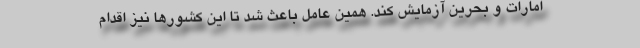
امارات و بحرین آزمایش کند. همین عامل باعث شد تا این کشورها نیز اقدام